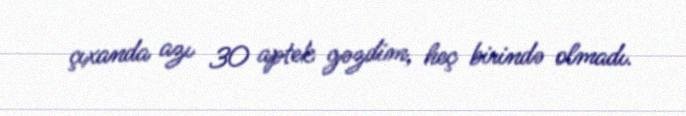
çıxanda azı 30 aptek gəzdim, heç birində olmadı.